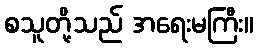
စသူတို့သည် အရေးမကြီး။